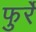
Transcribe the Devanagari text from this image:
फुर्रे